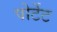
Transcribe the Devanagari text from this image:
पोर्टेट